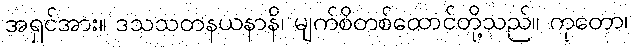
အရှင်အား။ ဒသသတနယနာနိ၊ မျက်စိတစ်ထောင်တို့သည်။ ကုတော၊